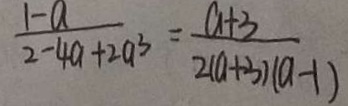
\frac { 1 - a } { 2 - 4 a + 2 a ^ { 3 } } = \frac { a + 3 } { 2 ( a + 3 ) ( a - 1 ) }